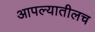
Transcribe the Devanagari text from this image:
आपल्यातीलच